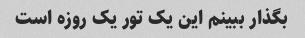
بگذار ببینم این یک تور یک روزه است